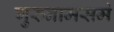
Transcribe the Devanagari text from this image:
गुरुनामसमं